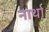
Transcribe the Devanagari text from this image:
नार्था